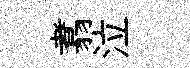
翥泣